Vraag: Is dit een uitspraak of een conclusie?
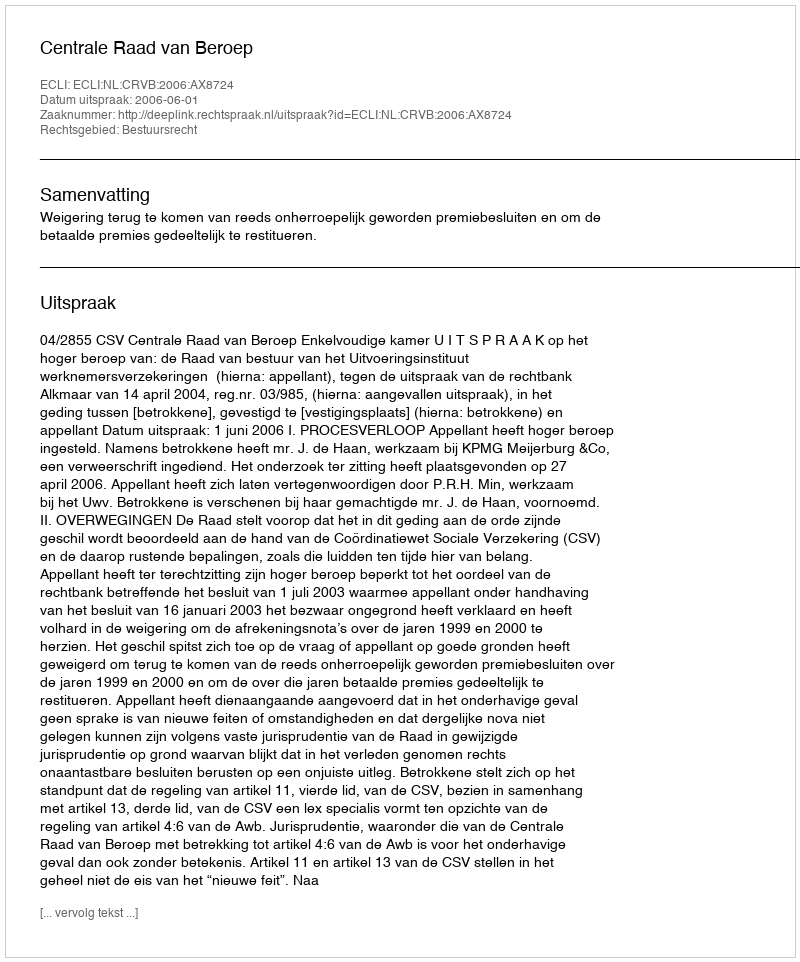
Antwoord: Uitspraak